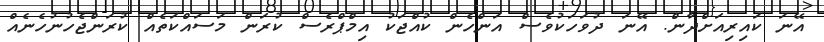
އޭނަ ކައިރިއަށްދާން. އޭނަ ދުވަހަކުވެސް އަންހެން ކުއްޖަކު އިމްޕްރެސް ކުރަން މަސައްކަތެއް ކުރަންޖެހުނުހެނެއް